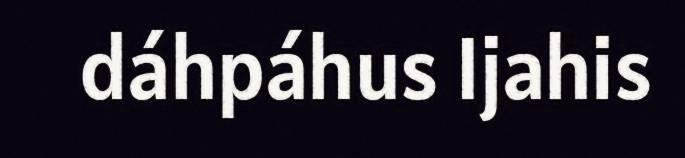
dáhpáhus Ijahis